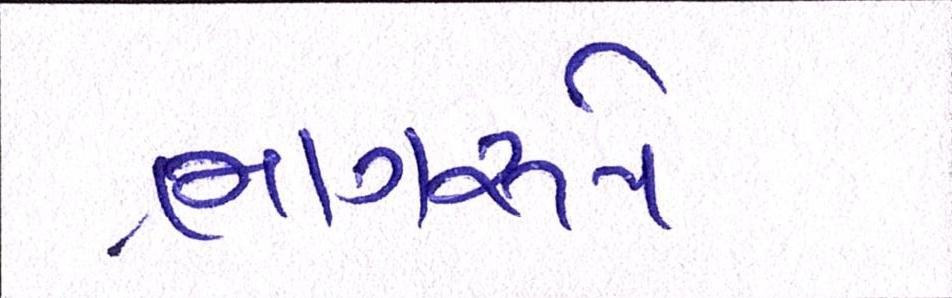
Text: ભાગરૂપે